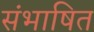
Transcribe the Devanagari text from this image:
संभाषित